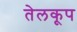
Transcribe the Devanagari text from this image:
तेलकूप